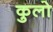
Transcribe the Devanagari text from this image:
कुलो